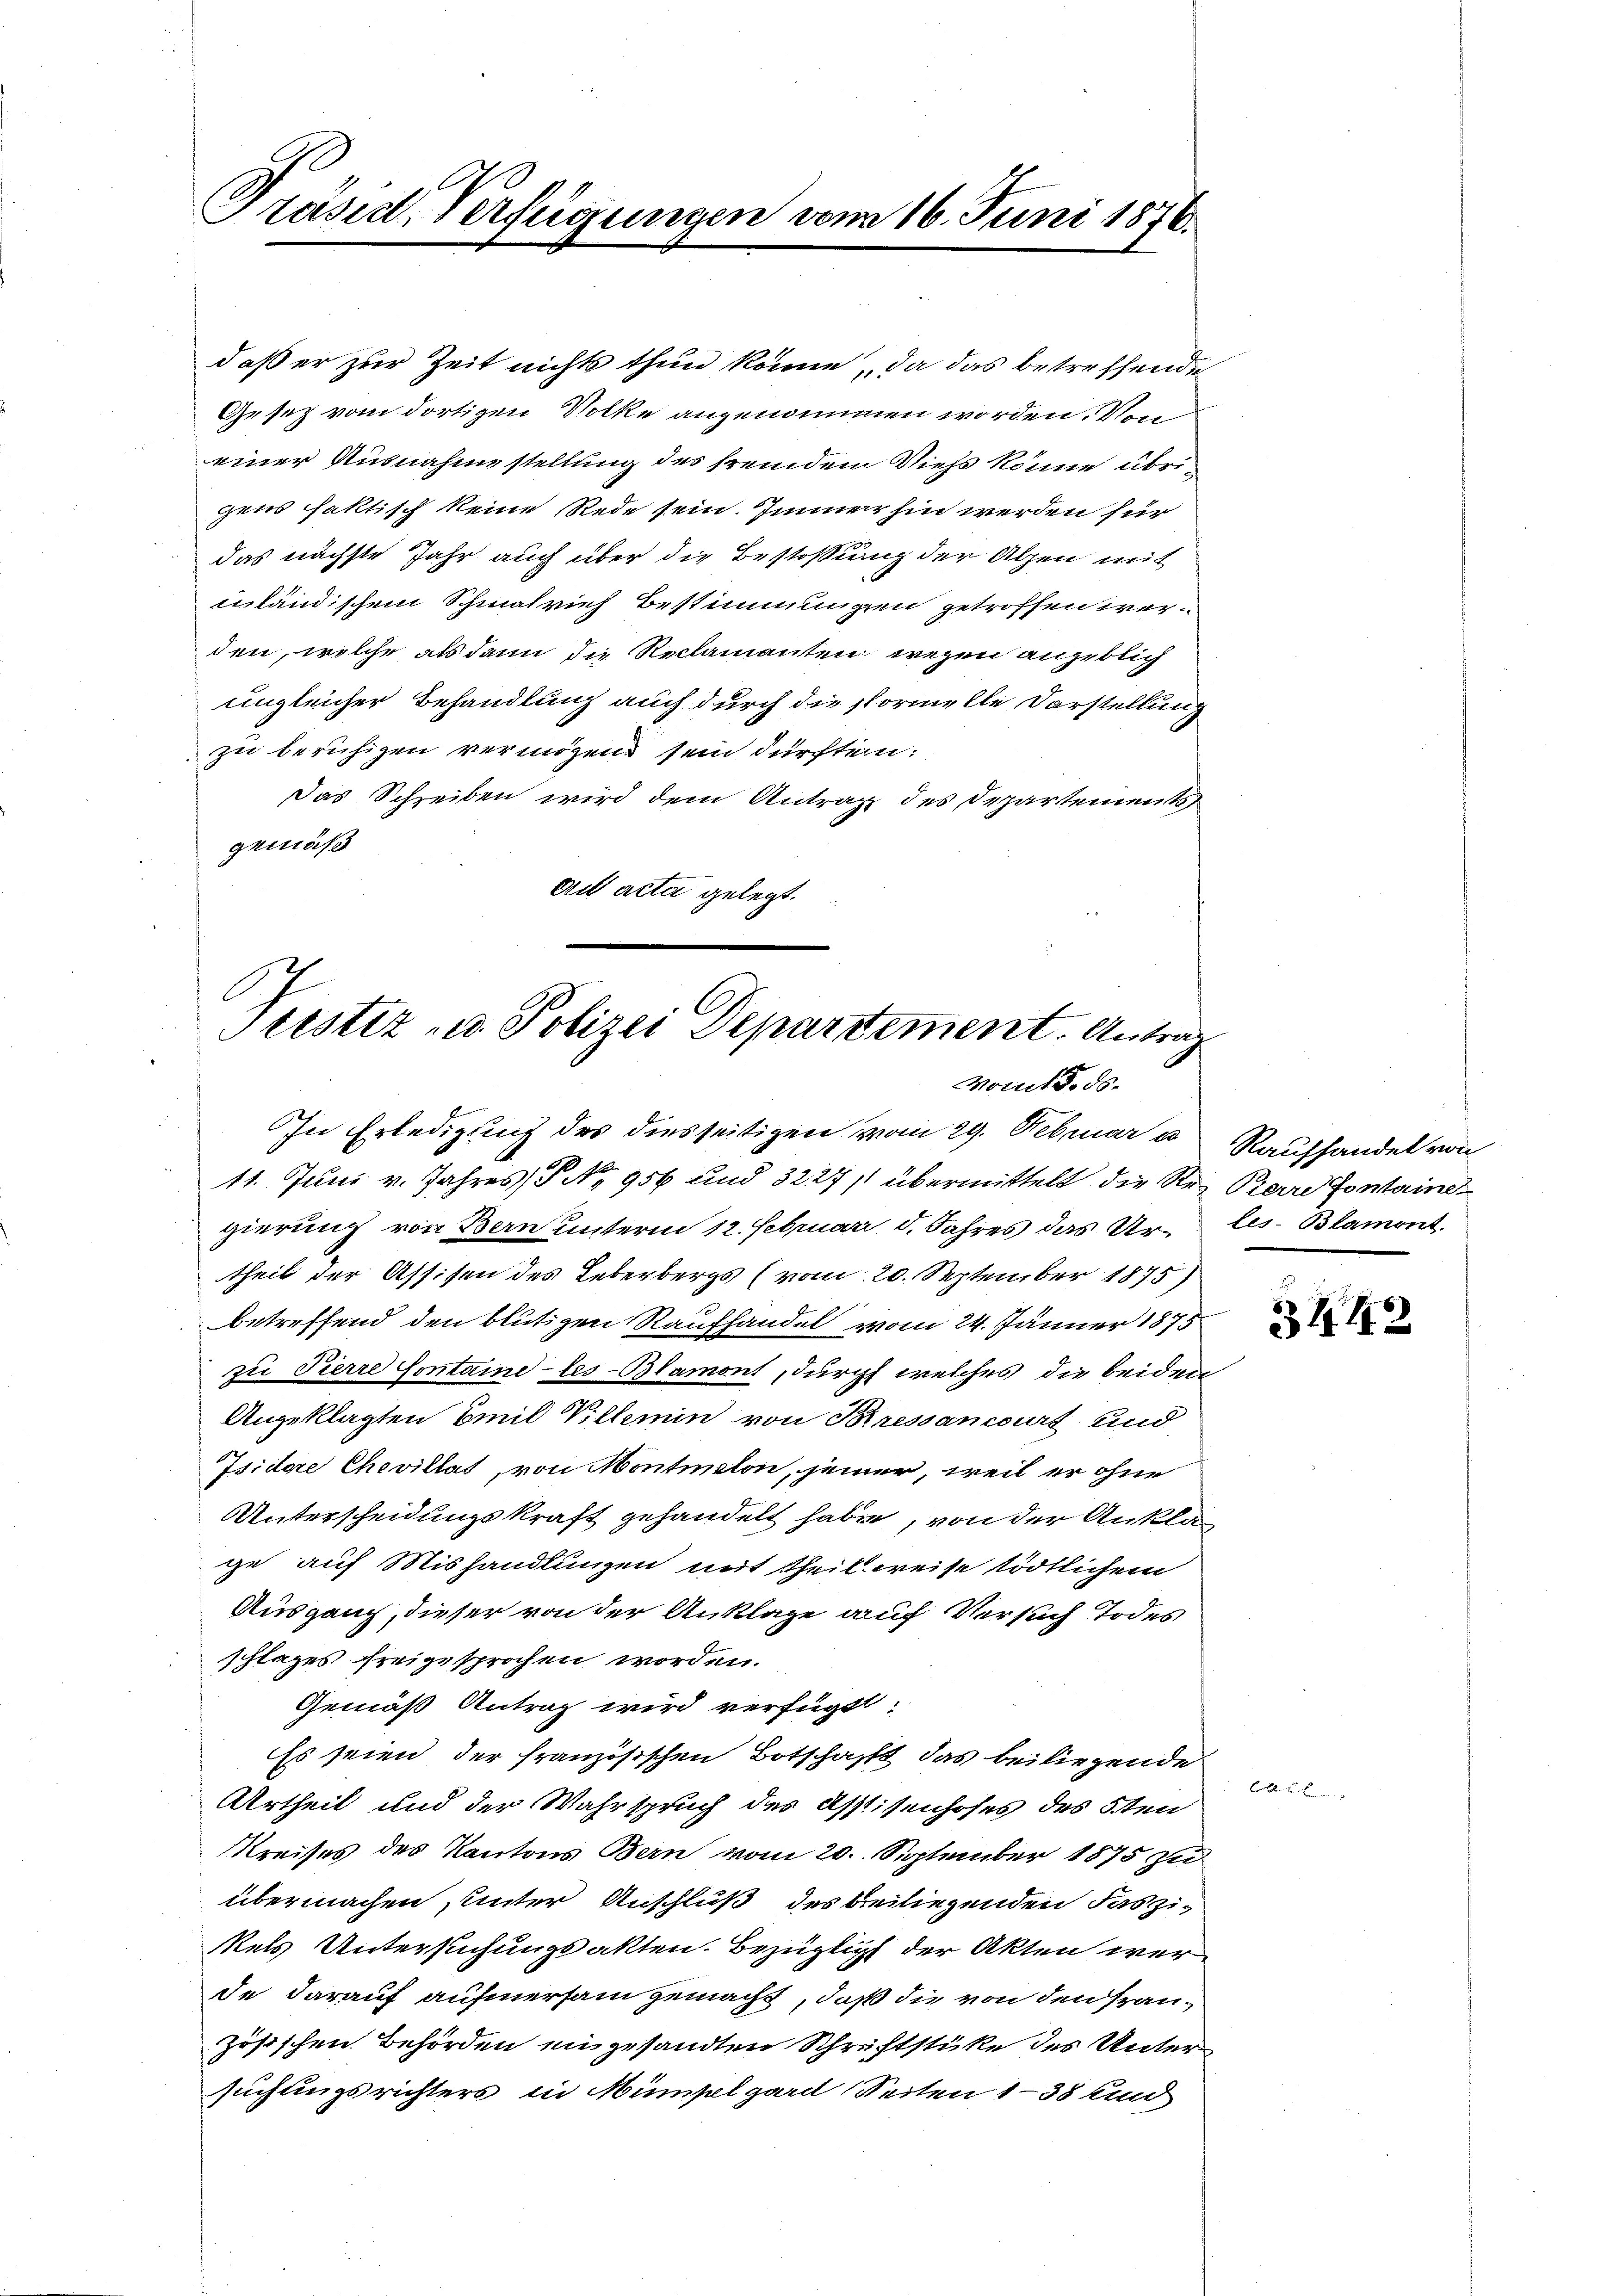
Präsid. Verfügungen vom 16. Juni 1876.

daß er zur Zeit nichts thun könne, da das betreffende
Gesetz vom dortigen Volke angenommen worden. Von
einer Ausnahme stellung des fremden Viehs könne übrigens faktisch keine Rede sein. Immer hin werden für
das nächste Jahr auch über die Bestossung der Alpen mit
inländischen Schmalrich Bestimmungen getroffen werden, welche als dann die Reclamanten, wegen angeblich
ungleicher Behandlung auch durch die Pormelle Darstellung
zu beruhigen vermögen sein dürften:
Das Schreiben wird dem Antrag des Departements
gemäß
ait acta gelegt.

Tustiz- u. Polizei Departement. Antrag
Womit d. ds.

e
In Erledigung des diesseitigen vom 29. Februar u
11. Juni v. Jahres No 956 und 3227/1 übermittelt die Ster Pierre Fontaine
gierung von Bern unterm 12. Februar d. Jahres das Urtheil der Assisen des Leberbergs (vom 20. September 1875)
betreffend den blütigen Raufhandel vom 24. Jänner 1875
zu Tierre Sontaine-les-Blamont, durchs welches die beiden
Angeklagten Emil Villemin von Pressancourt und
Isidore Chevillat, von Montmalon, jener, weil er ohne
Unterscheidungskraft gehandelt habe, von der Ankläge auf Mishandlungen mit Theil weise tödtlichem
Ausgang, dieser von der Anklage auf Versuch Todes
schlages freigesprochen worden.
Gemäß Antrag wird verfügt:
Es seien der französischen Botschafft das beiliegende
Urtheil und der Wahrspruch des Assisenhofes des 5ten
Kreises des Kantons Bern vom 20. September 1875 zu
übermachen, unter Anschluß des beiliegenden das zikels Untersuchungsakten. Bezüglich der Akten werde darauf aufmersam gemacht, daß die von den französischen Behörden in gesandten Schriftstüke des Unter
suchungsrichters in Mümpelgard Seiten 138 und

Raufhandel von
les-Blamont.

313